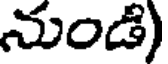
నుండి)